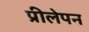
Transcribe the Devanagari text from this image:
प्रीलेपन